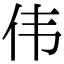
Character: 伟